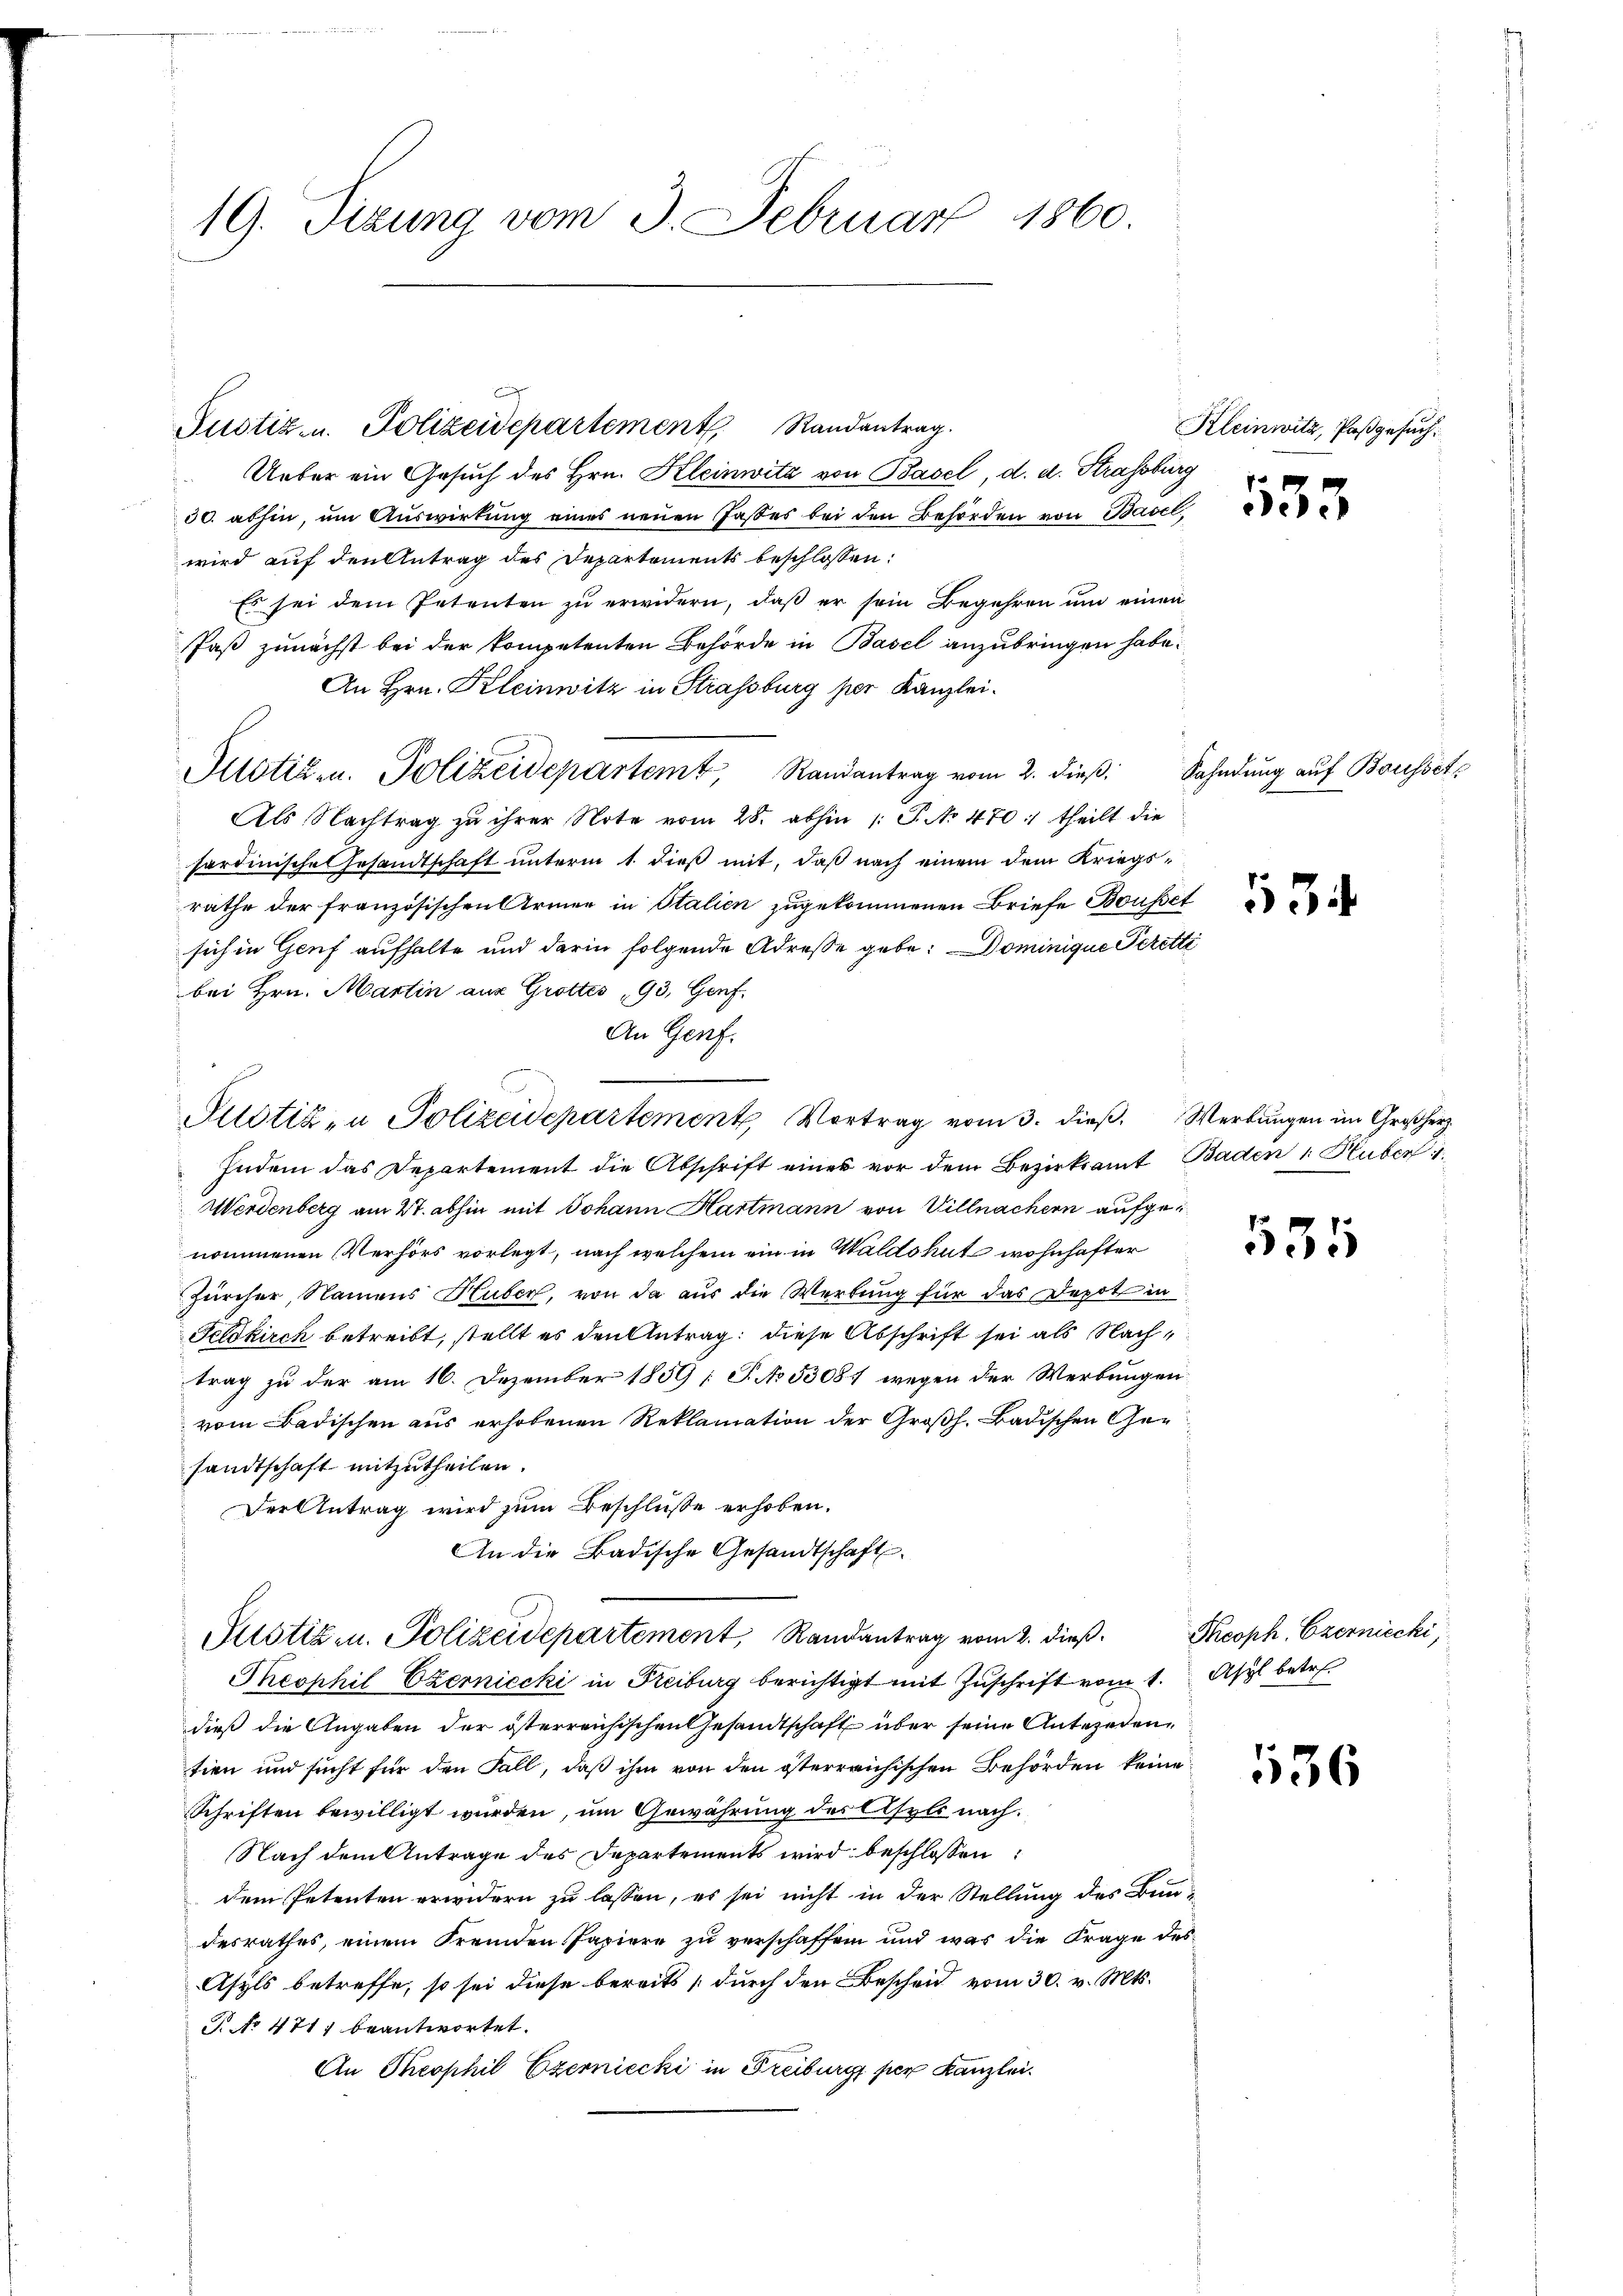
19. Sizung vom 3. Februar 1860.

Justiz- u. Polizeidepartement, Randantrag.

Ueber ein Gesuch des Hrn. Kleinwitz von Basel, d. d. Strassburg
30. abhin, um Auswirkung eines neuen Jasses bei den Behörden von Basel
wird auf den Antrag des Departements beschlossen:
Es sei dem Petenten zu erwidern, daß er sein Begehren um einen
Paß zunächst bei der kompetenten Behörde in Basel anzubringen habe.
An Hrn. Kleinwitz in Strassburg per Kanzlei.
Justizen. Polizeidepartemt, Randantrag vom 2. dieβ Sahndung auf Bousset
Als Nachtrag zu ihrer Note vom 28. abhin 1 S. No 470. theilt die
hordinische Gesandtschaft unterm 1. dieß mit, daß nach einem dem Kriegsrathe der französischen Armen in Italien zugekommenen Briefe Bousset
sich in Genf aufhalte und darin folgende Adresse gebe. Dominique Peretti
bei Hrn. Martin aus Grottes 193, Genf.
An Genf.
Indem das Departement die Abschrift eines vor dem Bezirksamt Baden v. Huber d
Werdenberg am 27. abhin mit Johann Hartmann von Villnachern aufgenommenen Verhörs vorlegt, nach welchem ein in Waldshut wohnhafter
Zürcher, Namens Huber, von da aus die Wertung für das Depot in
Feldkirch betreibt, stellt es den Antrag, diese Abschrift sei als Nachtrag zu der am 16. Dezember 1859 [S. No 53081 wegen der Werbungen
vom Badischen aus erhobenen Reklamation der Großh. Badischen Gesandtschaft mitzutheilen.
Der Antrag wird zum Beschlüsse erhoben.
An die Badische Gesandtschaft
Justiz u. Polizeidepartement, Randantrag vom 2. dieβ. Theoph. Czerniecki,
Theophil Czerniecki in Freiburg berichtigt mit Zuschrift vom 1. Asyl betr.
dieß die Angaben der österreichischen Gesandtschaft über seine Antecedentien und sucht für den Fall, daß ihm von den österreichischen Behörden keine
Schriften bewilligt wurden, um Gewährung des Asyls nach.
Nach dem Antrage des Departements wird beschlossen:
dem Petenten erwidern zu lassen, es sei nicht in der Stellung des Bun-
desrathes, einem fremden Papiere zu verschaffen und war die Frage des
Asyls betreffe, so sei diese bereits durch den Bescheid vom 30. v. Mts.
G. No 471) beantwortet.
An Theophil Czerniecki in Freiburg per Kanzlei.

Pustiz- u Polizeidepartement Vortrag vom 3. dieß. Werbungen im Großherz

Kleinwitz, Pasgesuch
f

333

534

535

136